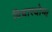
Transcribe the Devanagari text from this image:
विचारयोग्य